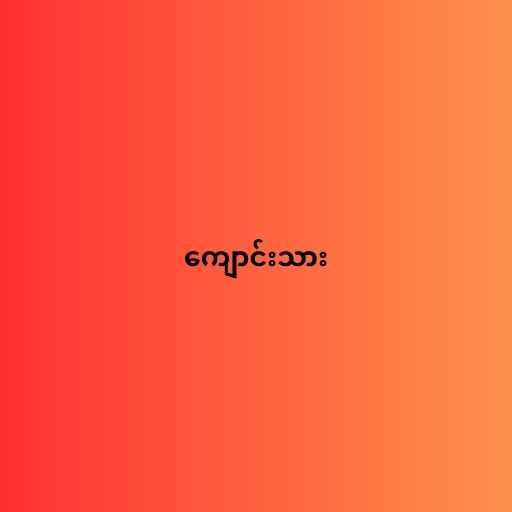
ကျောင်းသား